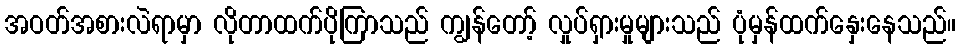
အဝတ်အစားလဲရာမှာ လိုတာထက်ပိုကြာသည် ကျွန်တော့် လှုပ်ရှားမှုများသည် ပုံမှန်ထက်နှေးနေသည်။